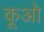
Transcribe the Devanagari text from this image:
कूओ